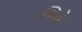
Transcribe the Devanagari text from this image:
चिढ़े